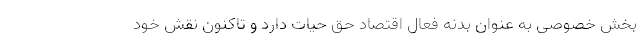
بخش خصوصی به عنوان بدنه فعال اقتصاد حق حیات دارد و تاکنون نقش خود